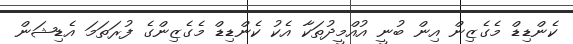
ކެންޑިޑް މެގެޒިން އިން ބުނީ އުއްމީދުތަކާ އެކު ކެންޑިޑް މެގެޒިންގެ ފުރަތަމަ އެޑިޝަން